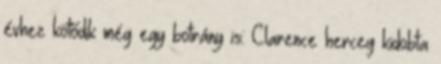
évhez kötődik még egy botrány is: Clarence herceg kidobta